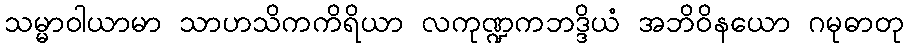
သမ္မာဝါယာမာ သာဟသိကကိရိယာ လကုဏ္ဍကဘဒ္ဒိယံ အဘိဝိနယော ဂမုဓာတု